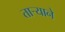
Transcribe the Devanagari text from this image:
तार्‍याने